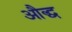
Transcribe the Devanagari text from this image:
औद्ध